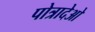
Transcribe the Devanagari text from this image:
पोत्रादेओ